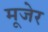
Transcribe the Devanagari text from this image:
मूजेर